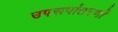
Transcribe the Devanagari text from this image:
उपरूपांतरणों